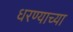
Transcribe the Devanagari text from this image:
धरण्याच्या